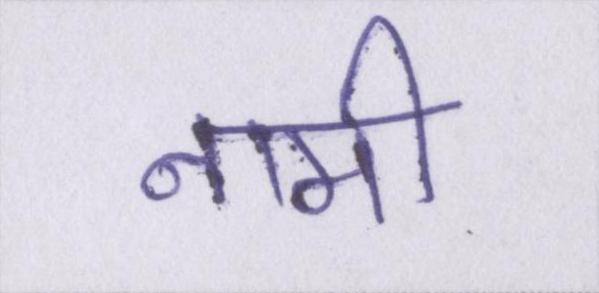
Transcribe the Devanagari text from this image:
नामी